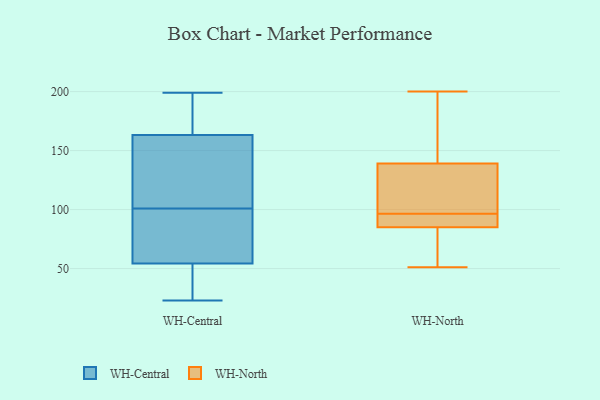
{"axis": {"x": "Conversion Rate (%)", "y": "Value"}, "legend": ["WH-Central", "WH-North"], "data": [{"x": "", "y": 30, "type": "WH-Central"}, {"x": "", "y": 166, "type": "WH-Central"}, {"x": "", "y": 199, "type": "WH-Central"}, {"x": "", "y": 197, "type": "WH-Central"}, {"x": "", "y": 45, "type": "WH-Central"}, {"x": "", "y": 67, "type": "WH-Central"}, {"x": "", "y": 75, "type": "WH-Central"}, {"x": "", "y": 68, "type": "WH-Central"}, {"x": "", "y": 101, "type": "WH-Central"}, {"x": "", "y": 126, "type": "WH-Central"}, {"x": "", "y": 166, "type": "WH-Central"}, {"x": "", "y": 155, "type": "WH-Central"}, {"x": "", "y": 23, "type": "WH-Central"}, {"x": "", "y": 135, "type": "WH-Central"}, {"x": "", "y": 50, "type": "WH-Central"}, {"x": "", "y": 91, "type": "WH-North"}, {"x": "", "y": 168, "type": "WH-North"}, {"x": "", "y": 85, "type": "WH-North"}, {"x": "", "y": 200, "type": "WH-North"}, {"x": "", "y": 95, "type": "WH-North"}, {"x": "", "y": 68, "type": "WH-North"}, {"x": "", "y": 109, "type": "WH-North"}, {"x": "", "y": 167, "type": "WH-North"}, {"x": "", "y": 90, "type": "WH-North"}, {"x": "", "y": 51, "type": "WH-North"}, {"x": "", "y": 130, "type": "WH-North"}, {"x": "", "y": 139, "type": "WH-North"}, {"x": "", "y": 132, "type": "WH-North"}, {"x": "", "y": 97, "type": "WH-North"}, {"x": "", "y": 155, "type": "WH-North"}, {"x": "", "y": 57, "type": "WH-North"}, {"x": "", "y": 96, "type": "WH-North"}, {"x": "", "y": 60, "type": "WH-North"}]}